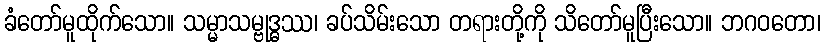
ခံတော်မူထိုက်သော။ သမ္မာသမ္ဗုဒ္ဓဿ၊ ခပ်သိမ်းသော တရားတို့ကို သိတော်မူပြီးသော။ ဘဂဝတော၊